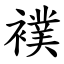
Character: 襆